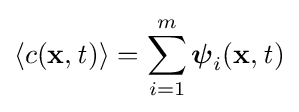
\langle c(\mathbf {x} ,{\mathit {t}})\rangle =\sum _{i=1}^{m}{\boldsymbol {\psi }}_{i}(\mathbf {x} ,{\mathit {t}})